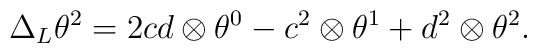
\Delta_L\theta^2=2cd\otimes\theta^0-c^2\otimes \theta^1+d^2\otimes\theta^2.